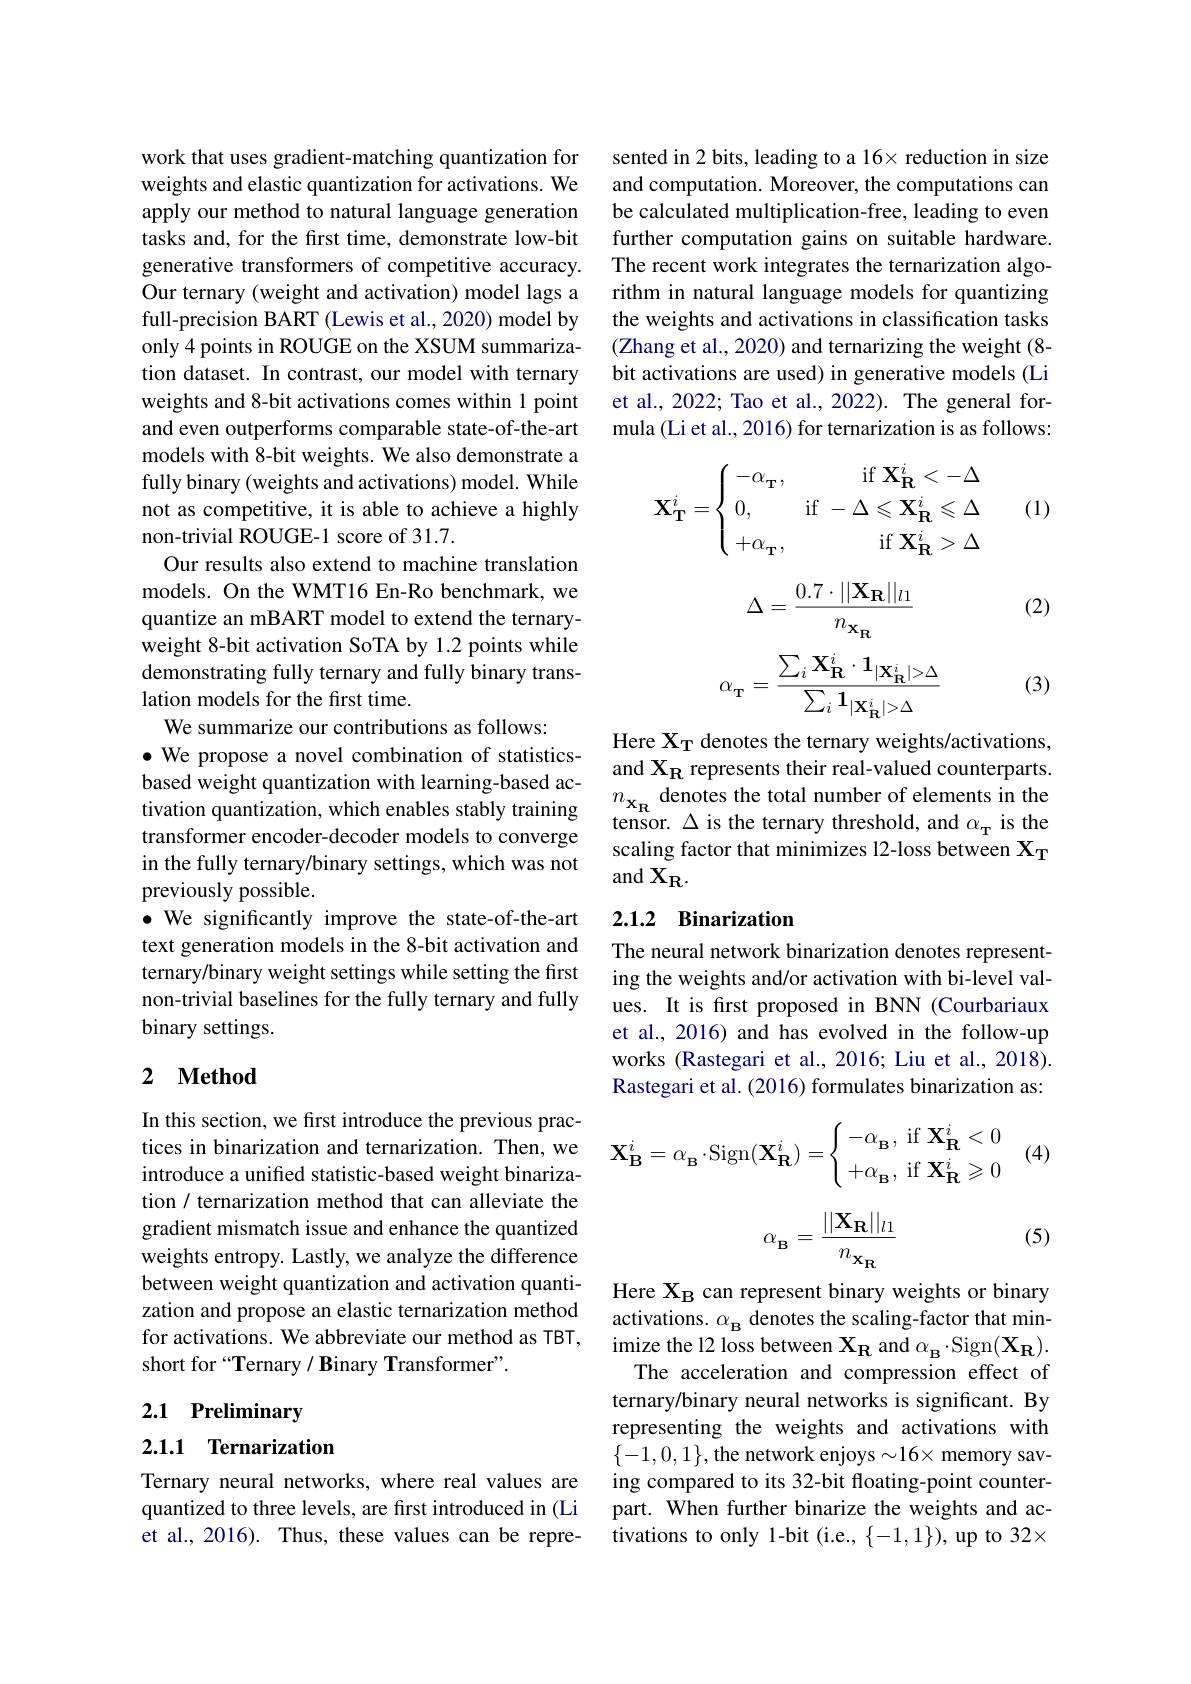
work that uses gradient-matching quantization for weights and elastic quantization for activations. We apply our method to natural language generation tasks and, for the first time, demonstrate low-bit generative transformers of competitive accuracy. Our ternary (weight and activation) model lags a full-precision BART (Lewis et al., 2020) model by only 4 points in ROUGE on the XSUM summarization dataset. In contrast, our model with ternary weights and 8-bit activations comes within 1 point and even outperforms comparable state-of-the-art models with 8-bit weights. We also demonstrate a fully binary (weights and activations) model. While not as competitive, it is able to achieve a highly non-trivial ROUGE-1 score of 31.7.
Our results also extend to machine translation models. On the WMT16 En-Ro benchmark, we quantize an mBART model to extend the ternaryweight 8-bit activation SoTA by 1.2 points while demonstrating fully ternary and fully binary translation models for the first time.
We summarize our contributions as follows:
$\bullet$ We propose a novel combination of statisticsbased weight quantization with learning-based activation quantization, which enables stably training transformer encoder-decoder models to converge in the fully ternary/binary settings, which was not previously possible.
$\bullet$ We significantly improve the state-of-the-art text generation models in the 8-bit activation and ternary/binary weight settings while setting the first non-trivial baselines for the fully ternary and fully binary settings.

## 2 $\textbf{Method}$

In this section, we first introduce the previous practices in binarization and ternarization. Then, we introduce a unified statistic-based weight binarization / ternarization method that can alleviate the gradient mismatch issue and enhance the quantized weights entropy. Lastly, we analyze the difference between weight quantization and activation quantization and propose an elastic ternarization method for activations. We abbreviate our method as TBT, short for “Ternary $/ \textbf{Binary Transformer" }.$

## 2.1 Preliminary

### 2.1.1 Ternarization

Ternary neural networks, where real values are quantized to three levels, are first introduced in (Li et al., 2016). Thus, these values can be repre-

sented in 2 bits, leading to a 16× reduction in size and computation. Moreover, the computations can be calculated multiplication-free, leading to even further computation gains on suitable hardware. The recent work integrates the ternarization algorithm in natural language models for quantizing the weights and activations in classification tasks (Zhang et al., 2020) and ternarizing the weight (8- bit activations are used) in generative models (Li et al., 2022; Tao et al., 2022). The general formula (Li et al., 2016) for ternarization is as follows:
$$\left.\mathbf{X}_{\mathbf{T}}^{i}=\left\{\begin{array}{lr}-\alpha_{\mathbf{T}},&\mathrm{if~}\mathbf{X}_{\mathbf{R}}^{i}<-\Delta\\0,&\mathrm{if~}-\Delta\leqslant\mathbf{X}_{\mathbf{R}}^{i}\leqslant\Delta\\+\alpha_{\mathbf{T}},&\mathrm{if~}\mathbf{X}_{\mathbf{R}}^{i}>\Delta\end{array}\right.\right.$$
(1)

(2)
$$\Delta=\frac{0.7\cdot||\mathbf{X_R}||_{l1}}{n_{\mathbf{x_R}}}$$
$$\alpha_{\mathrm T}=\frac{\sum_i\mathbf X_{\mathbf R}^i\cdot\mathbf1_{|\mathbf X_{\mathbf R}^i|>\Delta}}{\sum_i\mathbf1_{|\mathbf X_{\mathbf R}^i|>\Delta}}$$
(3)

Here $\mathbf{X}_{\mathbf{T}}$ denotes the ternary weights/activations, and XR represents their real-valued counterparts. $n_{\mathbf{x}_{\mathbf{R}}}$ denotes the total number of elements in the tensor. $\Delta$ is the ternary threshold, and $\alpha_{\mathrm{T}}$ is the scaling factor that minimizes 12-loss between $X_\mathrm{T}$ and $\tilde{\mathbf{X}_{\mathbf{R}}}.$

## 2.1.2 Binarization

The neural network binarization denotes representing the weights and/or activation with bi-level values. It is first proposed in BNN (Courbariaux et al., 2016) and has evolved in the follow-up works (Rastegari et al.,2016; Liu et al., 2018). Rastegari et al. (2016) formulates binarization as:
$$\mathbf{X}_{\mathbf{B}}^i=\alpha_{\mathbf{B}}\cdot\mathrm{Sign}(\mathbf{X}_{\mathbf{R}}^i)=\left\{\begin{array}{l}-\alpha_{\mathbf{B}},\:\mathrm{if}\:\mathbf{X}_{\mathbf{R}}^i<0\\+\alpha_{\mathbf{B}},\:\mathrm{if}\:\mathbf{X}_{\mathbf{R}}^i\geqslant0\end{array}\right.$$
(4)

(5)
$$\alpha_{_{\mathbf{B}}}=\frac{||\mathbf{X_R}||_{l1}}{n_{_{\mathbf{X_R}}}}$$
Here $\mathbf{X_B}$ can represent binary weights or binary activations. $\alpha_\mathrm{B}$ denotes the scaling-factor that minimize the 12 loss between $\mathbf{X}_{\mathbf{R}}$ and $\alpha_{\mathbf{B}}\cdot$Sign$(\mathbf{X}_{\mathbf{R}}).$
The acceleration and compression effect of ternary/binary neural networks is significant. By representing the weights and activations with $\{-1,0,1\}$,the network enjoys$\sim16\times$memory saving compared to its 32-bit floating-point counterpart. When further binarize the weights and activations to only 1-bit (i.e., {-1},1), up to 32×